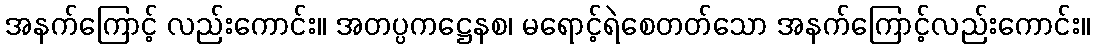
အနက်ကြောင့် လည်းကောင်း။ အတပ္ပကဋ္ဌေနစ၊ မရောင့်ရဲစေတတ်သော အနက်ကြောင့်လည်းကောင်း။